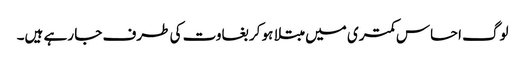
لوگ احساس کمتری میں مبتلا ہو کر بغاوت کی طرف جا رہے ہیں۔